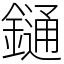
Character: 𨫤